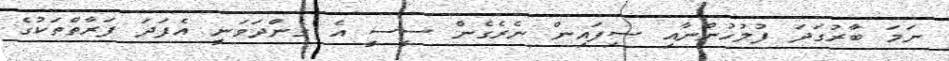
ނަމަ ބާރުގަދަ ފުލުހުންނާއި ސިފައިން ނެރެގެން ސީސީ އެ ގެންދަވަނީ އެފަދަ ފަރާތްތަކުގެ